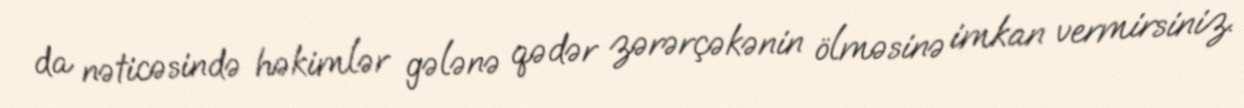
da nəticəsində həkimlər gələnə qədər zərərçəkənin ölməsinə imkan vermirsiniz.